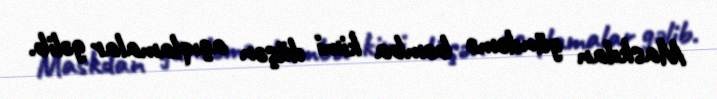
Maskdan gündəmə bomba kimi düşən açıqlamalar gəlib.